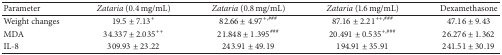
<table><thead><tr><td><b>Parameter</b></td><td><b><i>Zataria</i> (0.4 mg/mL)</b></td><td><b><i>Zataria</i> (0.8 mg/mL)</b></td><td><b><i>Zataria</i> (1.6 mg/mL)</b></td><td><b>Dexamethasone</b></td></tr></thead><tbody><tr><td>Weight changes</td><td>19.5 ± 7.13<sup>+</sup></td><td>82.66 ± 4.97<sup>+,###</sup></td><td>87.16 ± 2.21<sup>++,###</sup></td><td>47.16 ± 9.43</td></tr><tr><td>MDA</td><td>34.337 ± 2.035<sup>++</sup></td><td>21.848 ± 1.395<sup>###</sup></td><td>20.491 ± 0.535<sup>+,###</sup></td><td>26.276 ± 1.362</td></tr><tr><td>IL-8</td><td>309.93 ± 23.22</td><td>243.91 ± 49.19</td><td>194.91 ± 35.91</td><td>241.51 ± 30.19</td></tr></tbody></table>